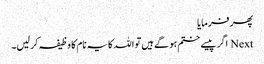
پھر فرمایا
Next اگر پیسے ختم ہو گے ہیں تو اللہ کا یہ نام کا وظیفہ کر لیں۔